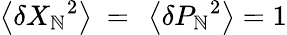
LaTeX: \left\langle\delta{{X}_{\mathbb{N}}}^{2}\right\rangle\mathrm{{~=~}}\left\langle\delta{{P}_{\mathbb{N}}}^{2}\right\rangle=1